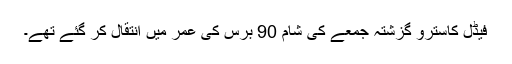
فیڈل کاسترو گزشتہ جمعے کی شام 90 برس کی عمر میں انتقال کر گئے تھے۔